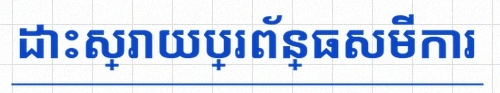
ដោះស្រាយប្រព័ន្ធសមីការ